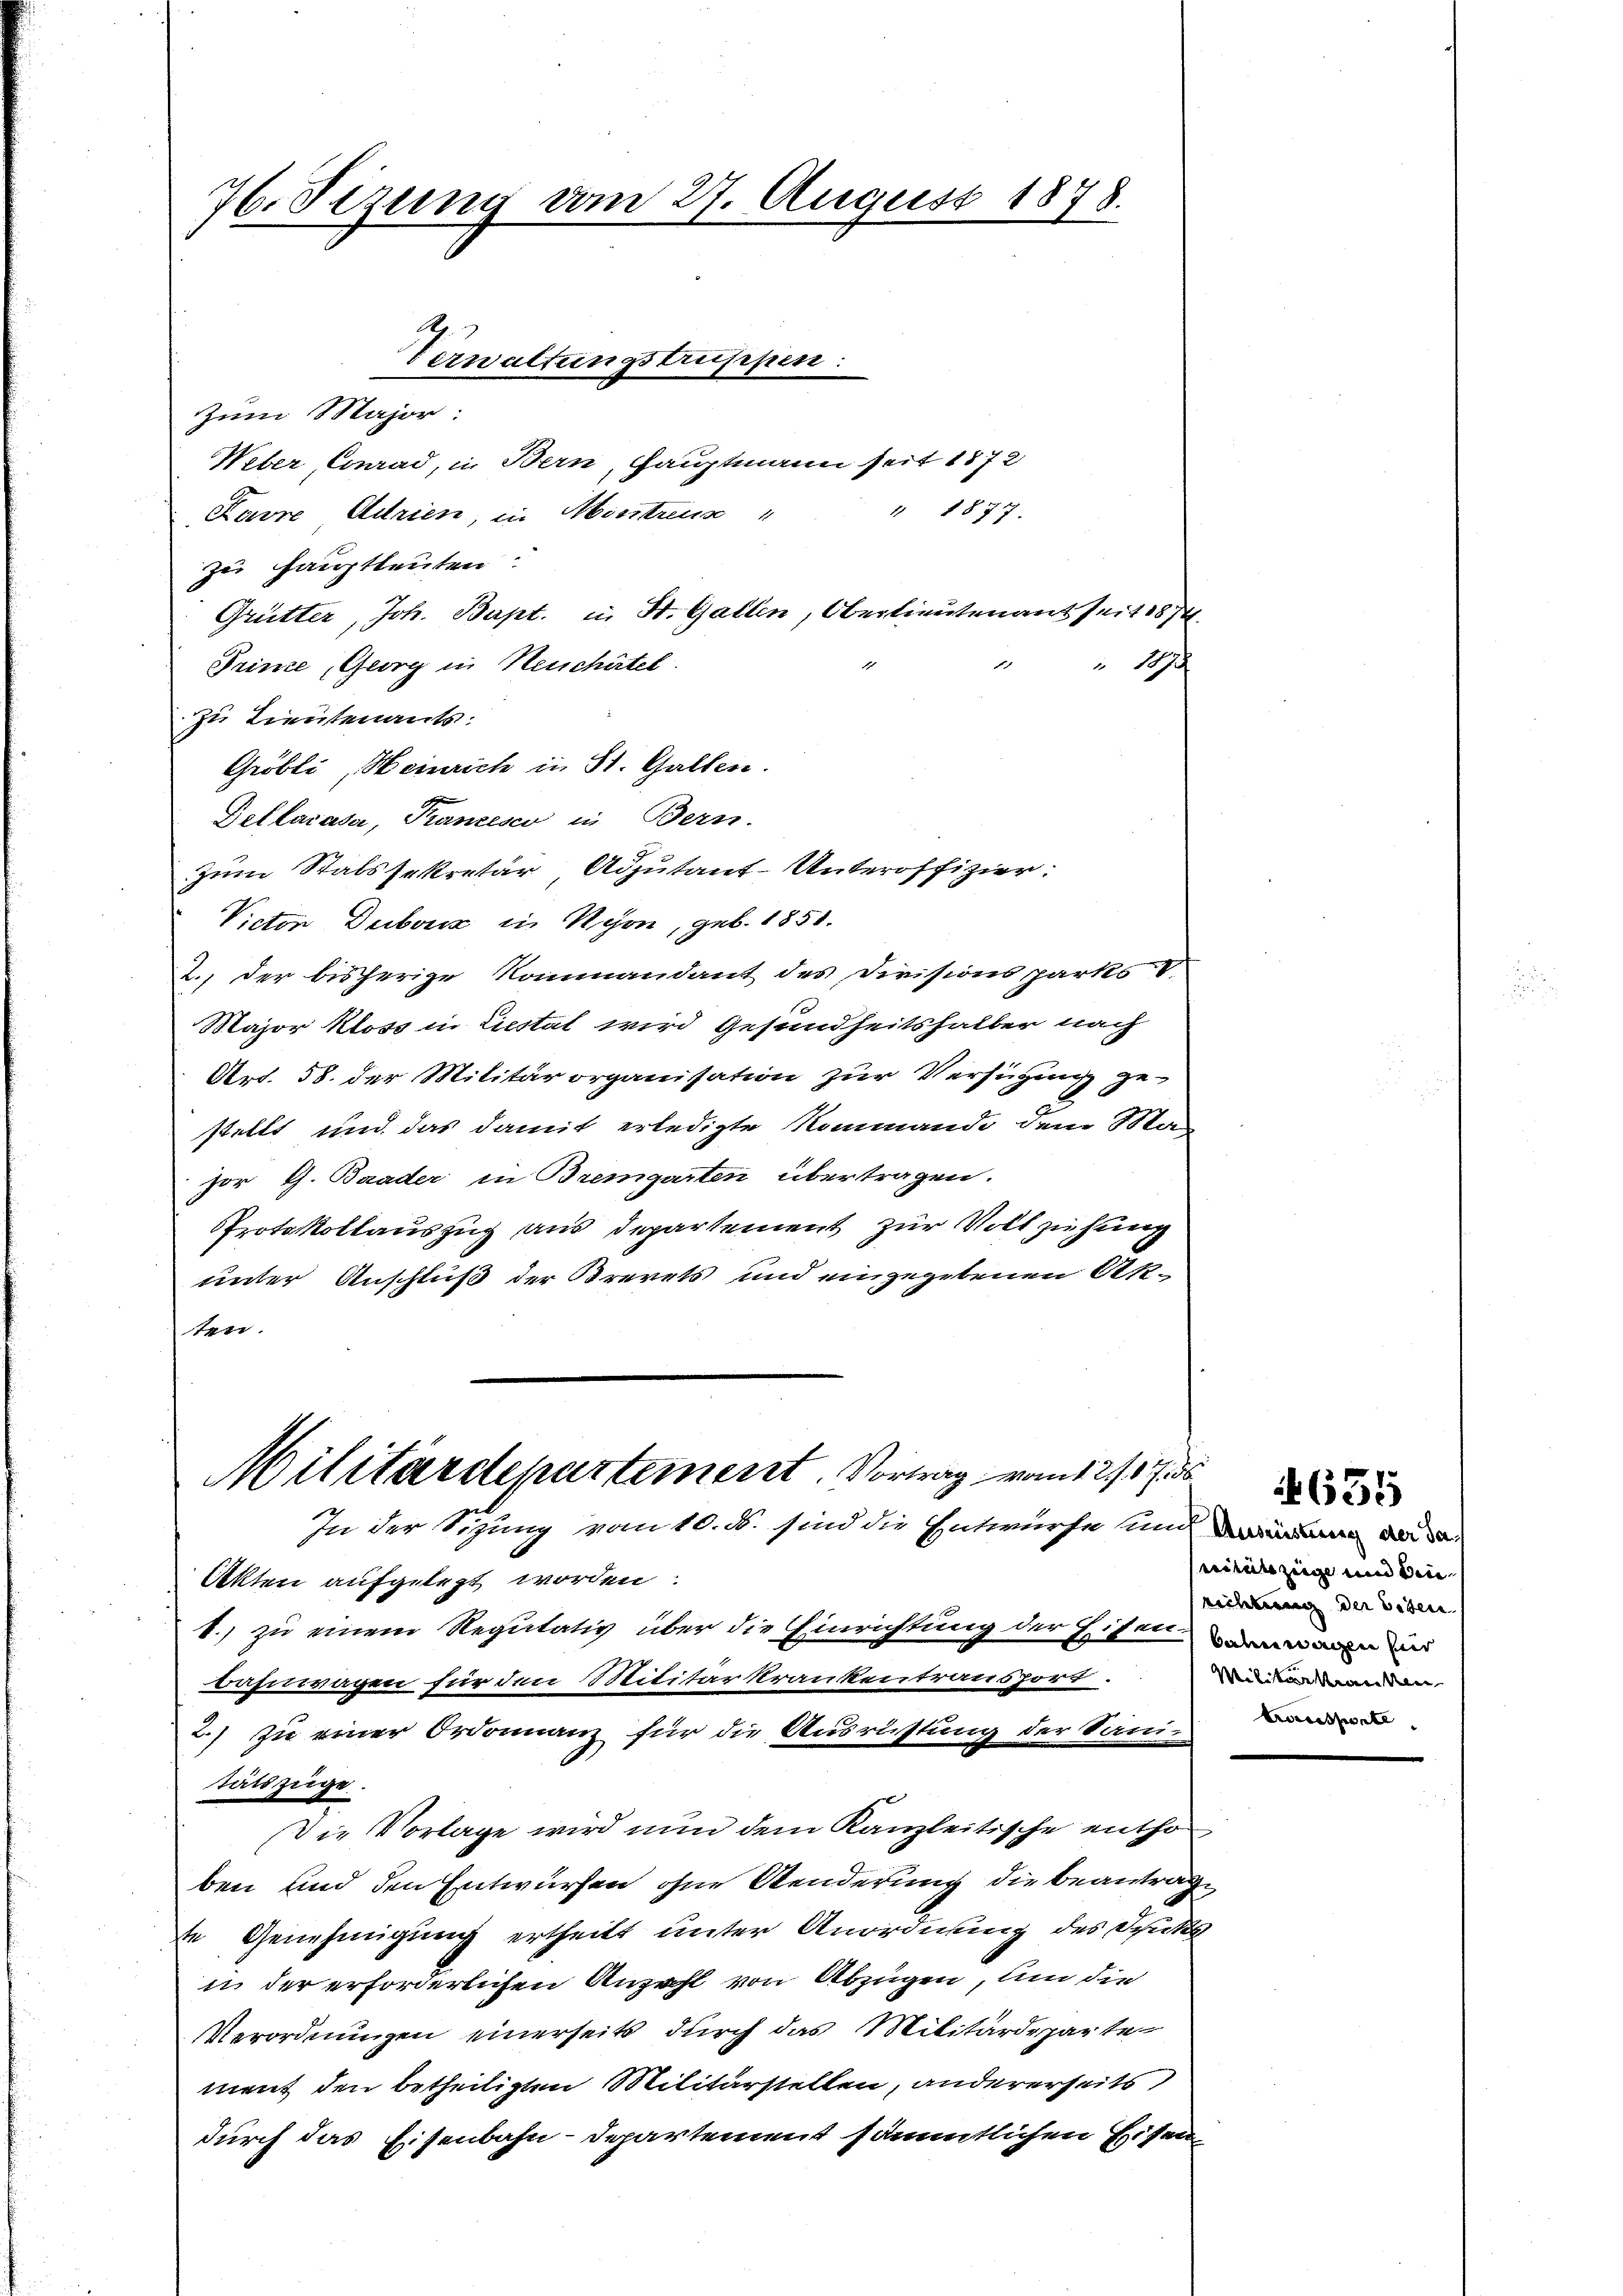
76. Sizung am 27. August 1878.

Zum Major:
Weber Conrad, in Bern, Hauptmann seit 1872
Karre Uirien, in Mintreuse
zu Hauptleuten.
Grütter, Joh. Bapt. in St. Gallen, Oberlieutenant seit 1874
Prince, Georg in Neuchâtel.
zu Lieutenants.
Gröbli, Heinrich in St. Gallen.
Bellacasa, Panzesco in Bern.
zum Stabssekretär Adjutant-Unteroffizier:
Victor Deiboriz in Schon, geb. 1851.
2.) der bisherige Kommandant des Divisionsparks
Major Kloss in Liestat wird Gesundheitshalber nach
Art. 58. der Militärorganisation zur Verfügung ge-
stellt und das damit erledigte Rommando dem Ma-
zor G. Baader in Bremgarten übertragen.
Protokollauszug aus departement zur Vollziehung
unter Anschluß der Brevets und eingegebenen Akten.

Verwaltungstruppen:

" 1877.

Akten aufgelegt worden.
1.) zu einem Regutativ über die Einrichtung der Eisenamen
bahnwagen für den Militar Krankentransport
2.) zu einer Ordonnanz für die Ausrüstung der Sani-
tätszüge.
Die Vorlage wird nun dem Kanzleitische entho
ben und den Entwürfen ohne Aenderung die Beantrage
te Genehmigung ertheilt unter Anordnung des Spita
u der erforderlichen Anzahl von Abzügen, um die
Verordnungen einerseits durch das Militärdeparte
ment den betheiligten Militärstellen, andererseits
durch das Eisenbahn-Departement sämmtlichen Eisen¬

Militärdepartement. Vortrag vom 12/1756.
In der Sizung vom 10. d. sind die Entwurfe und d

10

mitanzeige und den
richtung der Eisen
Militärkranken

655